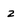
Character: z